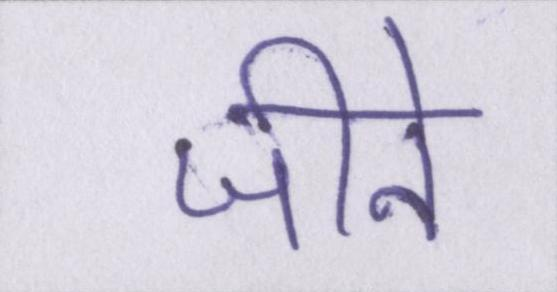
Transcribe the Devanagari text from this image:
जीने